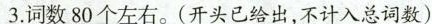
3.词数80个左右。(开头已给出，不计入总词数)